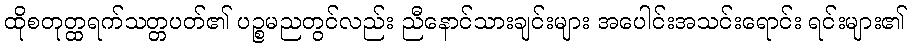
ထိုစတုတ္ထရက်သတ္တပတ်၏ ပဉ္စမညတွင်လည်း ညီနောင်သားချင်းများ အပေါင်းအသင်းရောင်း ရင်းများ၏